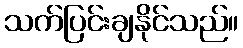
သက်ပြင်းချနိုင်သည်။